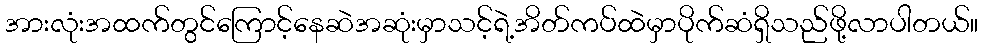
အားလုံးအထက်တွင်ကြောင့်နေဆဲအဆုံးမှာသင့်ရဲ့အိတ်ကပ်ထဲမှာပိုက်ဆံရှိသည်ဖို့လာပါတယ်။